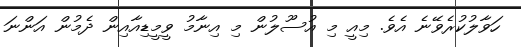
ހަވާލުކުރެވޭނެ އެވެ. މިއީ މި އުސޫލުން މި އިނާމު ވީމީޑިއާއިން ދެމުން އަންނަ